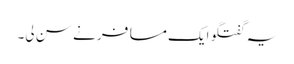
یہ گفتگو ایک مسافر نے سن لی۔